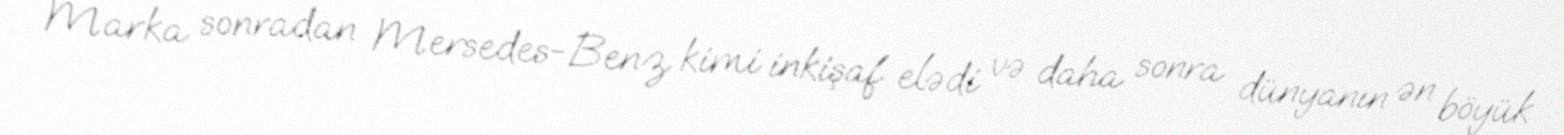
Marka sonradan Mersedes-Benz kimi inkişaf elədi və daha sonra dünyanın ən böyük